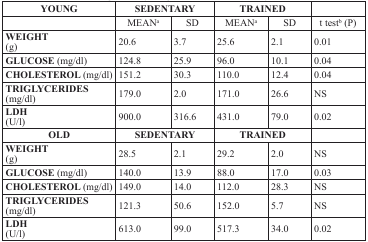
<table><thead><tr><td><b>YOUNG</b></td><td colspan="2"><b>SEDENTARY</b></td><td colspan="2"><b>TRAINED</b></td><td></td></tr></thead><tbody><tr><td></td><td>MEAN<sup>a</sup></td><td>SD</td><td>MEAN<sup>a</sup></td><td>SD</td><td>t test<sup>b</sup> (P)</td></tr><tr><td><b>WEIGHT</b> (g)</td><td>20.6</td><td>3.7</td><td>25.6</td><td>2.1</td><td>0.01</td></tr><tr><td><b>GLUCOSE</b> (mg/dl)</td><td>124.8</td><td>25.9</td><td>96.0</td><td>10.1</td><td>0.04</td></tr><tr><td><b>CHOLESTEROL</b> (mg/dl)</td><td>151.2</td><td>30.3</td><td>110.0</td><td>12.4</td><td>0.04</td></tr><tr><td><b>TRIGLYCERIDES</b> (mg/dl)</td><td>179.0</td><td>2.0</td><td>171.0</td><td>26.6</td><td>NS</td></tr><tr><td><b>LDH</b> (U/l)</td><td>900.0</td><td>316.6</td><td>431.0</td><td>79.0</td><td>0.02</td></tr><tr><td><b>OLD</b></td><td colspan="2"><b>SEDENTARY</b></td><td colspan="2"><b>TRAINED</b></td><td></td></tr><tr><td><b>WEIGHT</b> (g)</td><td>28.5</td><td>2.1</td><td>29.2</td><td>2.0</td><td>NS</td></tr><tr><td><b>GLUCOSE</b> (mg/dl)</td><td>140.0</td><td>13.9</td><td>88.0</td><td>17.0</td><td>0.03</td></tr><tr><td><b>CHOLESTEROL</b> (mg/dl)</td><td>149.0</td><td>14.0</td><td>112.0</td><td>28.3</td><td>NS</td></tr><tr><td><b>TRIGLYCERIDES</b> (mg/dl)</td><td>121.3</td><td>50.6</td><td>152.0</td><td>5.7</td><td>NS</td></tr><tr><td><b>LDH</b> (U/l)</td><td>613.0</td><td>99.0</td><td>517.3</td><td>34.0</td><td>0.02</td></tr></tbody></table>